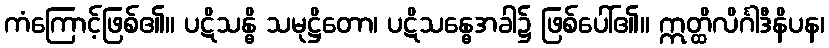
ကံကြောင့်ဖြစ်၏။ ပဋိသန္ဓိ သမုဋ္ဌိတော၊ ပဋိသန္ဓေအခါ၌ ဖြစ်ပေါ်၏။ ဣတ္ထိလိင်္ဂါဒီနိပန၊